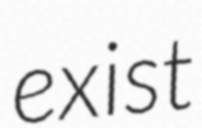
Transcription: exist